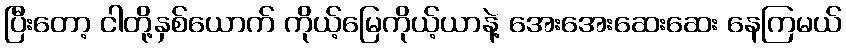
ပြီးတော့ ငါတို့နှစ်ယောက် ကိုယ့်မြေကိုယ့်ယာနဲ့ အေးအေးဆေးဆေး နေကြမယ်